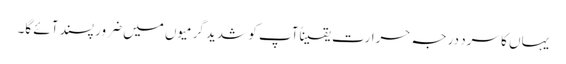
یہاں کا سرد درجہ حرارت یقیناًآپ کو شدید گرمیوں میں ضرور پسند آئے گا۔